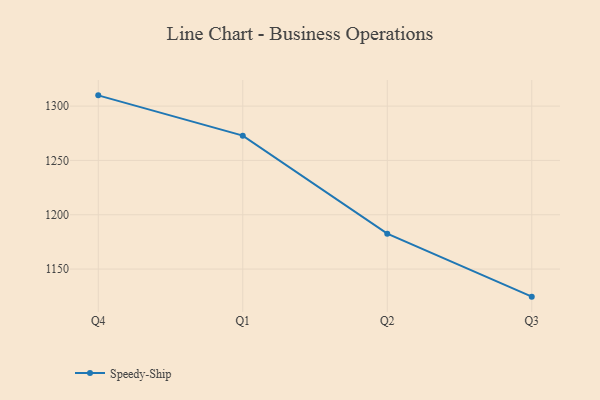
{"axis": {"x": "Quarter", "y": "Customer Acquisition Cost (USD)"}, "legend": ["Speedy-Ship"], "data": [{"x": "Q4", "y": 1309.9, "type": "Speedy-Ship"}, {"x": "Q1", "y": 1272.8, "type": "Speedy-Ship"}, {"x": "Q2", "y": 1182.6, "type": "Speedy-Ship"}, {"x": "Q3", "y": 1124.6, "type": "Speedy-Ship"}]}